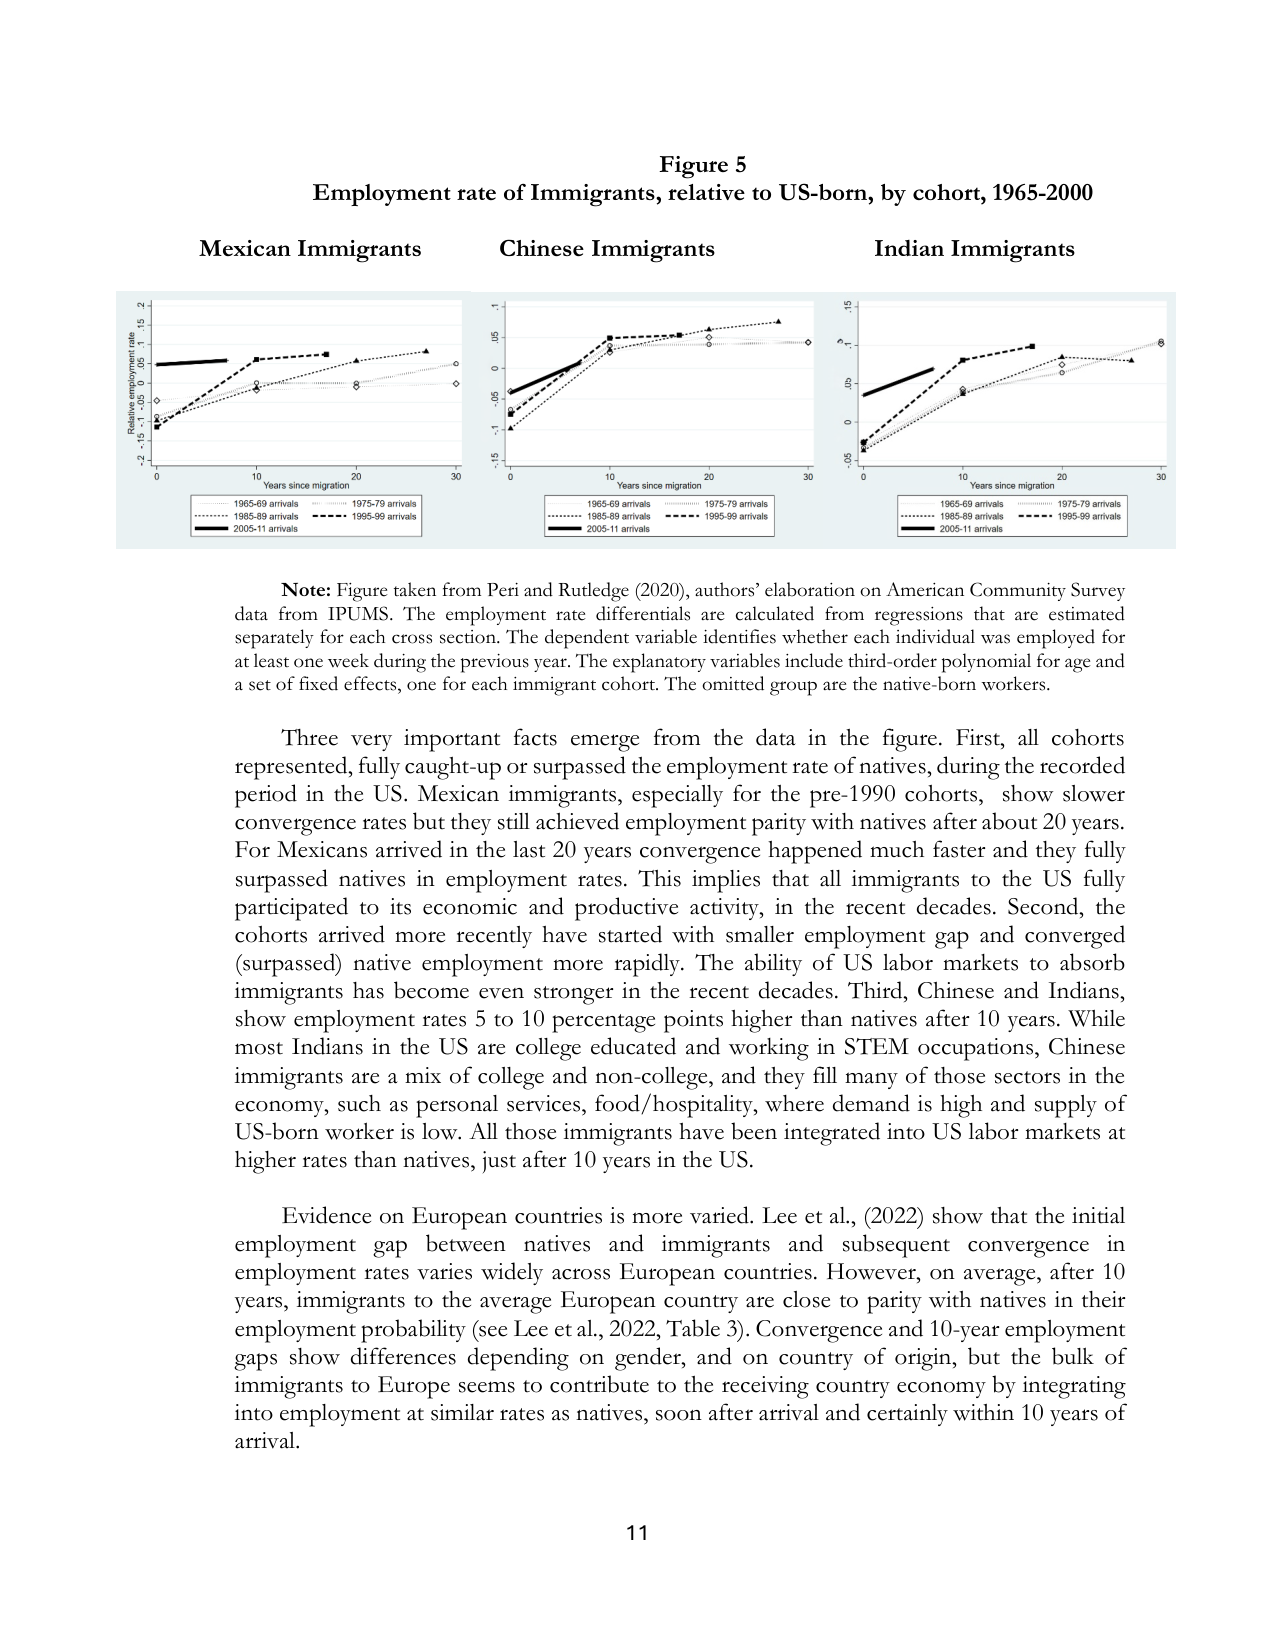
Figure 5
Employment rate of Immigrants, relative to US-born, by cohort, 1965-2000

Mexican Immigrants
Chinese Immigrants
Indian Immigrants

Relative employment rate
Years since migration
1965-69 arrivals
1975-79 arrivals
1985-89 arrivals
1995-99 arrivals
2005-11 arrivals

Relative employment rate
Years since migration
1965-69 arrivals
1975-79 arrivals
1985-89 arrivals
1995-99 arrivals
2005-11 arrivals

Relative employment rate
Years since migration
1965-69 arrivals
1975-79 arrivals
1985-89 arrivals
1995-99 arrivals
2005-11 arrivals

Note: Figure taken from Peri and Rutledge (2020), authors’ elaboration on American Community Survey data from IPUMS. The employment rate differentials are calculated from regressions that are estimated separately for each cross section. The dependent variable identifies whether each individual was employed for at least one week during the previous year. The explanatory variables include third-order polynomial for age and a set of fixed effects, one for each immigrant cohort. The omitted group are the native-born workers.

Three very important facts emerge from the data in the figure. First, all cohorts represented, fully caught-up or surpassed the employment rate of natives, during the recorded period in the US. Mexican immigrants, especially for the pre-1990 cohorts, show slower convergence rates but they still achieved employment parity with natives after about 20 years. For Mexicans arrived in the last 20 years convergence happened much faster and they fully surpassed natives in employment rates. This implies that all immigrants to the US fully participated to its economic and productive activity, in the recent decades. Second, the cohorts arrived more recently have started with smaller employment gap and converged (surpassed) native employment more rapidly. The ability of US labor markets to absorb immigrants has become even stronger in the recent decades. Third, Chinese and Indians, show employment rates 5 to 10 percentage points higher than natives after 10 years. While most Indians in the US are college educated and working in STEM occupations, Chinese immigrants are a mix of college and non-college, and they fill many of those sectors in the economy, such as personal services, food/hospitality, where demand is high and supply of US-born worker is low. All those immigrants have been integrated into US labor markets at higher rates than natives, just after 10 years in the US.

Evidence on European countries is more varied. Lee et al., (2022) show that the initial employment gap between natives and immigrants and subsequent convergence in employment rates varies widely across European countries. However, on average, after 10 years, immigrants to the average European country are close to parity with natives in their employment probability (see Lee et al., 2022, Table 3). Convergence and 10-year employment gaps show differences depending on gender, and on country of origin, but the bulk of immigrants to Europe seems to contribute to the receiving country economy by integrating into employment at similar rates as natives, soon after arrival and certainly within 10 years of arrival.

11